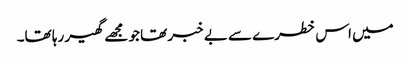
میں اس خطرے سے بے خبر تھا جو مجھے گھیر رہا تھا۔